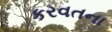
કરવતના